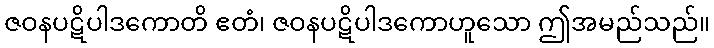
ဇဝနပဋိပါဒကောတိ ဧတံ၊ ဇဝနပဋိပါဒကောဟူသော ဤအမည်သည်။